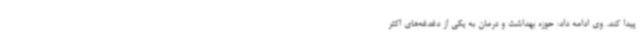
پیدا کند. وی ادامه داد: حوزه بهداشت و درمان به یکی از دغدغه‌های اکثر